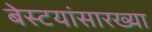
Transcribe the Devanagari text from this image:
बेस्टयांसारख्या